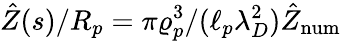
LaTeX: \hat{Z}(s)/R_{p}=\pi\varrho_{p}^{3}/(\ell_{p}\lambda_{D}^{2})\hat{Z}_{\mathrm{num}}